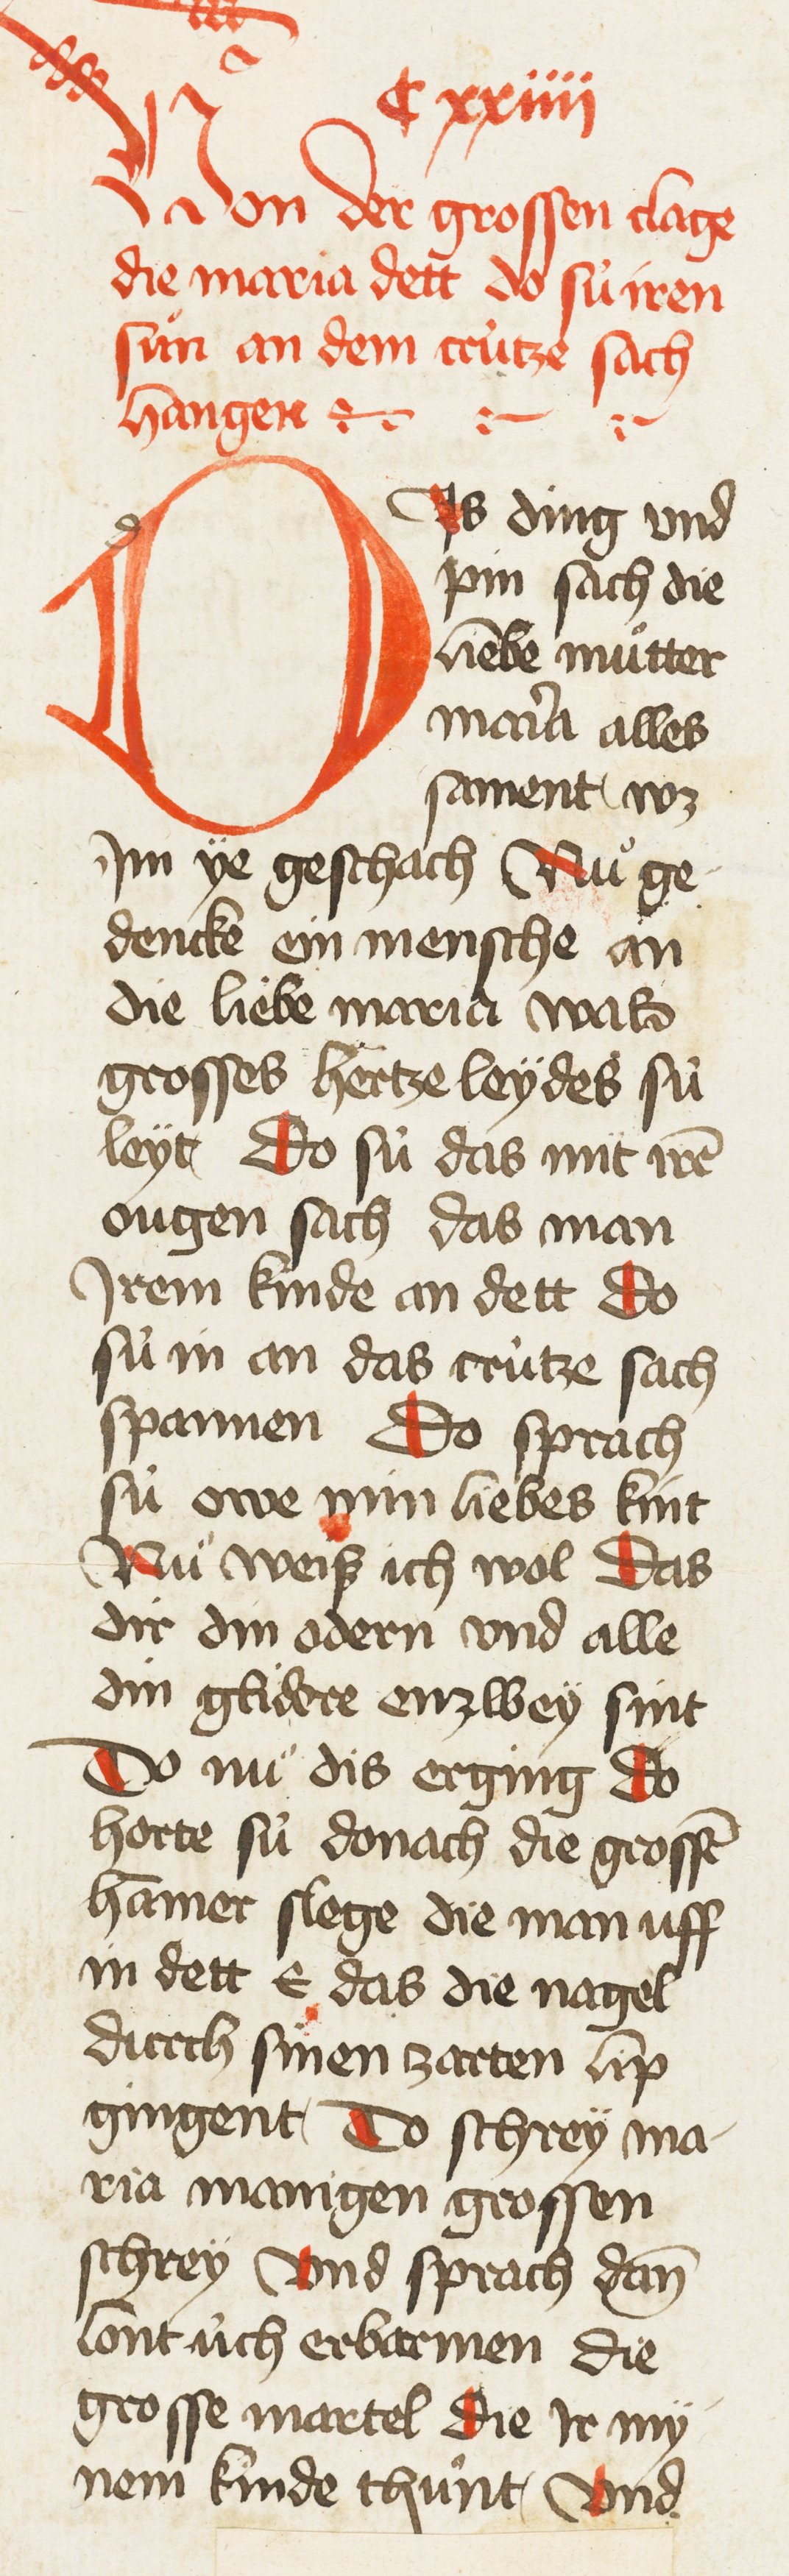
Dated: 1435–1465